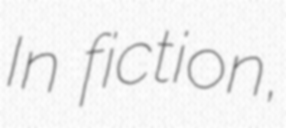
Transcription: In fiction,